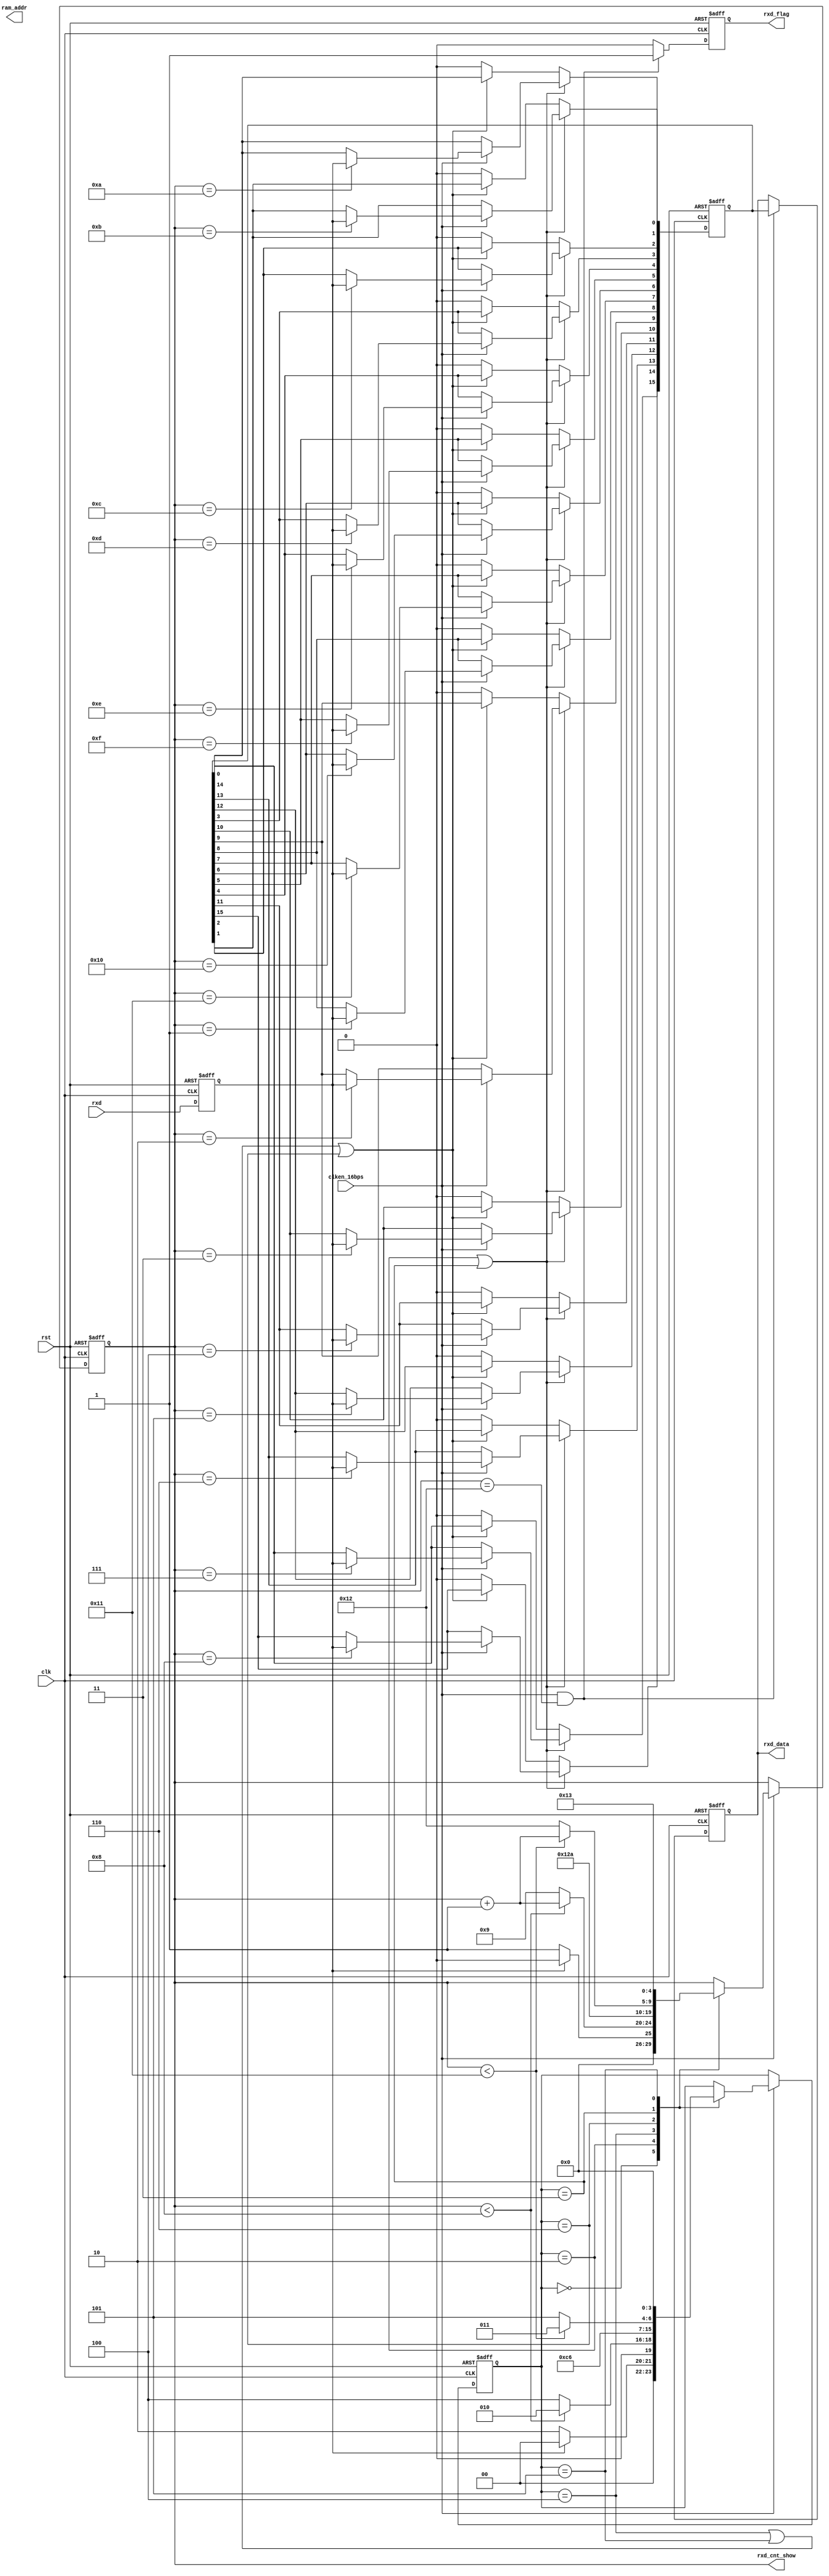
`timescale 1ns / 1ps
//////////////////////////////////////////////////////////////////////////////////
// Company: 
// Engineer: 
// 
// Design Name: 
// Module Name: Uart_no_sample_receiver
// Project Name: 
// Target Devices: 
// Tool Versions: 
// Description: 
// 
// Dependencies: 
// 
// Revision:
// Revision 0.01 - File Created
// Additional Comments:
// 
//////////////////////////////////////////////////////////////////////////////////


module Uart_no_sample_receiver(
	//gobal clock
	input				clk,
	input				rst,
	
	//user interface
	input				clken_16bps,//clk_bps * 16
	
	//uart interface
	input				rxd,		//uart txd interface
	output		reg[15:0]	rxd_data,	//uart data receive
	output		reg		rxd_flag,	//uart data receive done 
	output 			[4:0]	rxd_cnt_show,
	output		[18:0]	ram_addr
);


/**************************************************************************
..IDLE...Start...............UART DATA........................End...IDLE...
________													 ______________
        |____< D0 >< D1 >< D2 >< D3 >< D4 >< D5 >< D6 >< D7 >
		Bit0  Bit1  Bit2  Bit3  Bit4  Bit5  Bit6  Bit7  Bit8  Bit9
**************************************************************************/

//---------------------------------
//sync the rxd data: rxd_sync
reg	rxd_sync;				
always@(posedge clk or posedge rst)
begin
	if(rst)
		rxd_sync <= 1;
	else
		rxd_sync <= rxd;
end

//---------------------------------------
//parameter of uart transfer
localparam	R_IDLE		=	4'd0;		//detect if the uart data is begin
localparam	R_START1	=	4'd1;		//uart transfert start mark bit
localparam	R_START2	=	4'd6;		//uart transfert start mark bit
localparam	R_SAMPLE1	=	4'd2;		//uart 8 bit data receive
localparam	R_SAMPLE2	=	4'd3;		//uart 8 bit data receive
localparam	R_STOP1		=	4'd4;		//uart transfer stop mark bit
localparam	R_STOP2		=	4'd5;		//uart transfer stop mark bit

//reg [3:0]	nxt_state;
reg	[3:0]	rxd_state;					//uart receive state
reg	[4:0]	rxd_cnt;					//uart 8 bit data counter
//reg	[3:0]	smp_cnt;					//16 * clk_bps, the center for sample
localparam	SMP_TOP		=	4'd1;
localparam	SMP_CENTER	=	4'd0;

assign rxd_cnt_show = rxd_cnt;
//
always@(posedge clk or posedge rst)
begin

	if(rst) begin
		//rxd_state <= IDLE;
		rxd_cnt <= 5'd0;
		rxd_state <= R_IDLE;
		end
	else begin
		if(clken_16bps==1)begin
			case(rxd_state)
				R_IDLE:begin
					if(rxd_sync == 1'b0)begin
						rxd_state <= R_SAMPLE1;
						rxd_cnt <= 5'b1;
						end
					else begin
						rxd_state <= R_IDLE;
						rxd_cnt <= 5'b0;
						end
				end
		
				
				R_SAMPLE1:begin
					if(rxd_cnt < 5'd8 )begin
						rxd_cnt <= rxd_cnt + 1;
						rxd_state <= R_SAMPLE1;
						end
					else begin
						rxd_cnt <= 5'd9;
						rxd_state <= R_STOP1;
						end
					
				end
				
				R_STOP1:begin
					rxd_cnt <= 5'd9;
					rxd_state <= R_START2;
				end
				
				R_START2:begin
					rxd_cnt <= 5'd10;
					rxd_state <= R_SAMPLE2;
				end
			
				R_SAMPLE2:begin
					if(rxd_cnt < 5'd17 ) begin
						rxd_cnt <= rxd_cnt + 1;
						rxd_state <= R_SAMPLE2;
						end
					else begin
						rxd_cnt <= 5'd18;
						rxd_state <= R_STOP2;
						end
				end
				
				R_STOP2:begin
					rxd_cnt <= 5'd19;
					rxd_state <= R_IDLE;
				end
				
				default:;
				endcase
			end
		else begin
			rxd_state <= rxd_state;
			rxd_cnt <= rxd_cnt;
			end
		
	end

end

reg	[15:0]	rxd_data_r;
always@(posedge clk or posedge rst)
begin
	if(rst)
		rxd_data_r <= 0;
	else if((rxd_state == R_SAMPLE1)||(rxd_state == R_SAMPLE2)) //
		begin
		if(clken_16bps == 1)	//sample center point
			case(rxd_cnt)
		
			5'd1:	rxd_data_r[8]  <= rxd_sync;
			5'd2:	rxd_data_r[9]  <= rxd_sync;
			5'd3:	rxd_data_r[10]  <= rxd_sync;
			5'd4:	rxd_data_r[11]  <= rxd_sync;
			5'd5:	rxd_data_r[12]  <= rxd_sync;
			5'd6:	rxd_data_r[13]  <= rxd_sync;
			5'd7:	rxd_data_r[14]  <= rxd_sync;
			5'd8:	rxd_data_r[15]  <= rxd_sync;
			
			5'd10:	rxd_data_r[0]  <= rxd_sync;
			5'd11:	rxd_data_r[1]  <= rxd_sync;
			5'd12:	rxd_data_r[2] <= rxd_sync;
			5'd13:	rxd_data_r[3] <= rxd_sync;
			5'd14:	rxd_data_r[4] <= rxd_sync;
			5'd15:	rxd_data_r[5] <= rxd_sync;
			5'd16:	rxd_data_r[6] <= rxd_sync;
			5'd17:	rxd_data_r[7] <= rxd_sync;
			
			default:
				rxd_data_r <= rxd_data_r;
			endcase
		else
			rxd_data_r <= rxd_data_r;
		end
	else if((rxd_state == R_STOP1)||(rxd_state == R_STOP2)||(rxd_state == R_START2)) //
		rxd_data_r <= rxd_data_r;
	else
		rxd_data_r <= 0;
end





always@(posedge clk or posedge rst)
begin
	if(rst)
		begin
		rxd_data <= 0;
		rxd_flag <= 0;
		end
	else if(clken_16bps == 1 && rxd_cnt == 5'd18)	
		begin
		rxd_data <= rxd_data_r;
		rxd_flag <= 1;
		end
	else
		begin
		rxd_data <= rxd_data;
		rxd_flag <= 0;
		end
end


reg [18:0] ram_addr_r;
always@(posedge clk or posedge rst)
begin
	if(rst) begin
		//is_one_pic_done <= 1'b0;
		ram_addr_r <= 19'b0;
		end
	else begin
		if(rxd_flag == 1'b1) begin
			//is_one_pic_done <= 1'b0;
			ram_addr_r <= ram_addr_r + 1'b1;
		end
		else if(ram_addr_r >= 19'd269999) begin //
			//is_one_pic_done <= 1'b1;
			ram_addr_r <= ram_addr_r;
		end
		else begin
			ram_addr_r <= ram_addr_r;
			//is_one_pic_done <= is_one_pic_done;
		end
	end
end

endmodule